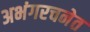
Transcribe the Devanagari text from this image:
अभंगरचनेत